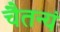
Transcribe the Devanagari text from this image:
चैतन्यं